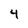
Character: 4